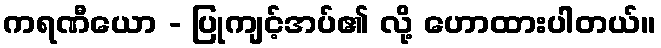
ကရဏီယော - ပြုကျင့်အပ်၏ လို့ ဟောထားပါတယ်။